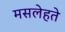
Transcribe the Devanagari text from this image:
मसलेहते